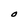
Character: O